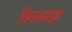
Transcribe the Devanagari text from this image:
विमलप्रज्ञा